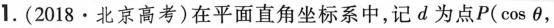
1.(2018\cdot 北京高考)在平面直角坐标系中，记d为点P(\cos \theta ，